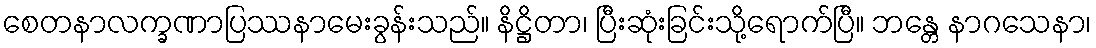
စေတနာလက္ခဏာပြဿနာမေးခွန်းသည်။ နိဋ္ဌိတာ၊ ပြီးဆုံးခြင်းသို့ရောက်ပြီ။ ဘန္တေ နာဂသေနာ၊